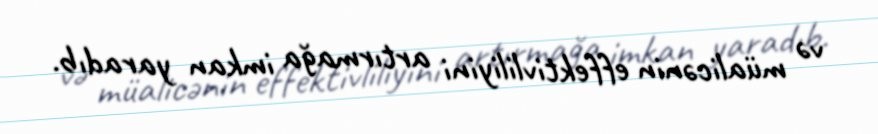
və müalicənin effektivliliyini artırmağa imkan yaradıb.